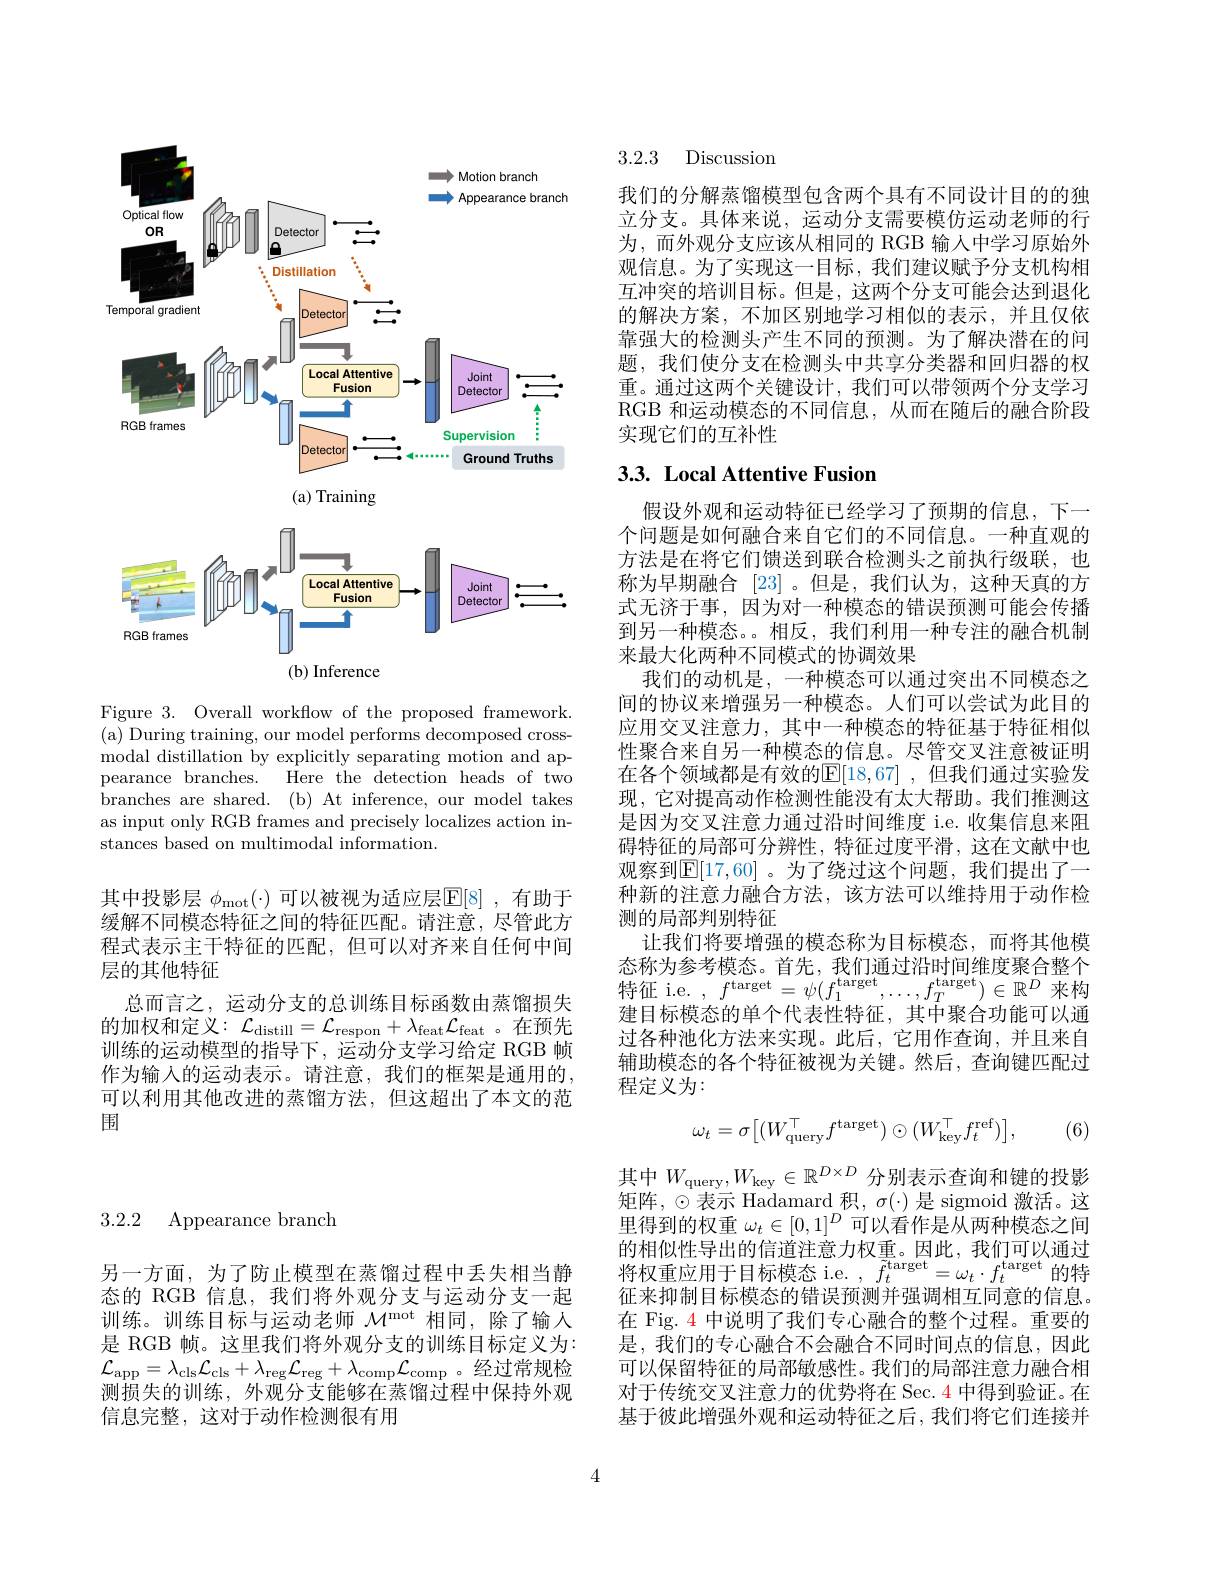
3.2.2 Appearance branch

另一方面，为了防止模型在蒸馏过程中丢失相当静态的 RGB 信息，我们将外观分支与运动分支一起训练。训练目标与运动老师$\mathcal{M}^\mathrm{mot}$相同，除了输人是 RGB 帧。这里我们将外观分支的训练目标定义为： $\mathcal{L}_{\mathrm{app}}=\lambda_{\mathrm{cls}}\mathcal{L}_{\mathrm{cls}}+\lambda_{\mathrm{reg}}\mathcal{L}_{\mathrm{reg}}+\lambda_{\mathrm{comp}}\mathcal{L}_{\mathrm{comp}}$。经过常规检测损失的训练，外观分支能够在蒸馏过程中保持外观信息完整，这对于动作检测很有用

<FigureHere>

Figure 3. Overall workflow of the proposed framework. (a) During training, our model performs decomposed crossmodal distillation by explicitly separating motion and appearance branches. Here the detection heads of two branches are shared. (b) At inference, our model takes as input only RGB frames and precisely localizes action instances based on multimodal information.

其中投影层 $\phi_{\mathrm{mot}}(\cdot)$ 可以被视为适应层$\mathbb{E}[8]$ ,有助于缓解不同模态特征之间的特征匹配。请注意，尽管此方程式表示主干特征的匹配，但可以对齐来自任何中间层的其他特征
总而言之，运动分支的总训练目标函数由蒸馏损失的加权和定义$:\mathcal{L}_\mathrm{distill}=\mathcal{L}_\mathrm{respon}+\lambda_\mathrm{feat}\mathcal{L}_\mathrm{feat}$。在预先训练的运动模型的指导下，运动分支学习给定 RGB 帧作为输入的运动表示。请注意，我们的框架是通用的， 可以利用其他改进的蒸馏方法，但这超出了本文的范围

3.2.3 Discussion

我们的分解蒸馏模型包含两个具有不同设计目的的独立分支。具体来说，运动分支需要模仿运动老师的行为，而外观分支应该从相同的 RGB 输人中学习原始外观信息。为了实现这一目标，我们建议赋予分支机构相互冲突的培训目标。但是，这两个分支可能会达到退化的解决方案，不加区别地学习相似的表示，并且仅依靠强大的检测头产生不同的预测。为了解决潜在的问题，我们使分支在检测头中共享分类器和回归器的权重。通过这两个关键设计，我们可以带领两个分支学习RGB 和运动模态的不同信息，从而在随后的融合阶段实现它们的互补性

# 3.3. Local Attentive Fusion

假设外观和运动特征已经学习了预期的信息，下一个问题是如何融合来自它们的不同信息。一种直观的方法是在将它们馈送到联合检测头之前执行级联，也称为早期融合[23] 。但是，我们认为，这种天真的方式无济于事，因为对一种模态的错误预测可能会传播到另一种模态。相反，我们利用一种专注的融合机制来最大化两种不同模式的协调效果
我们的动机是，一种模态可以通过突出不同模态之间的协议来增强另一种模态。人们可以尝试为此目的应用交叉注意力，其中一种模态的特征基于特征相似性聚合来自另一种模态的信息。尽管交叉注意被证明在各个领域都是有效的$\mathbb{E}[18,67]$ ,但我们通过实验发现，它对提高动作检测性能没有太大帮助。我们推测这是因为交叉注意力通过沿时间维度 i.e.收集信息来阻碍特征的局部可分辨性，特征过度平滑，这在文献中也观察到$\mathbb{E}[17,60]$ 。为了绕过这个问题，我们提出了一种新的注意力融合方法，该方法可以维持用于动作检测的局部判别特征
让我们将要增强的模态称为目标模态，而将其他模态称为参考模态。首先，我们通过沿时间维度聚合整个特 征 i. e. , $f^{\mathrm{target}}= \psi ( f_{1}^{\mathrm{target}}, \ldots , f_{T}^{\mathrm{target}}) \in \mathbb{R} ^{D}$来 构 $\text{中日上世女物的人小+uld+\sqrt{\pi}}+\text{出版本人口此外可以函}$ 建目标模态的单个代表性特征，其中聚合功能可以通过各种池化方法来实现。此后，它用作查询，并且来自辅助模态的各个特征被视为关键。然后，查询键匹配过程定义为：
$$\omega_{t}=\sigma\big[(W_{\mathrm{query}}^{\top}f^{\mathrm{target}})\odot(W_{\mathrm{key}}^{\top}f_{t}^{\mathrm{ref}})\big],$$
(6)

其中$W_\mathrm{query},W_\mathrm{key}\in\mathbb{R}^{D\times D}$分别表示查询和键的投影矩阵，◉表示 Hadamard 积，$\sigma(\cdot)$是 sigmoid 激活。这里得到的权重$\omega_t\in[0,1]^D$可以看作是从两种模态之间的相似性导出的信道注意力权重。因此，我们可以通过将权重应用于目标模态 i.e. $,\tilde{f}_t^{\mathrm{target}}=\omega_t\cdot f_t^{\mathrm{target}}$的特征来抑制目标模态的错误预测并强调相互同意的信息。在 Fig. 4 中说明了我们专心融合的整个过程。重要的是，我们的专心融合不会融合不同时间点的信息，因此可以保留特征的局部敏感性。我们的局部注意力融合相对于传统交叉注意力的优势将在 Sec. 4 中得到验证。在基于彼此增强外观和运动特征之后，我们将它们连接并

4